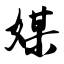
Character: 媒